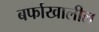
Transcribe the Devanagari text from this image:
बर्फाखालील